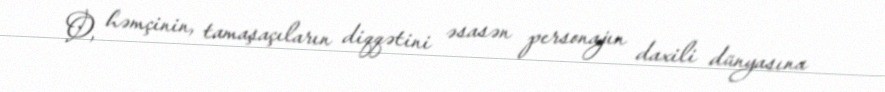
O, həmçinin, tamaşaçıların diqqətini əsasən personajın daxili dünyasına